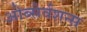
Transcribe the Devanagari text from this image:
ओब्सेर्वशन्स